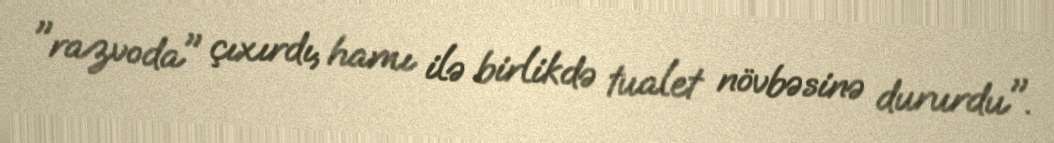
"razvoda" çıxırdı, hamı ilə birlikdə tualet növbəsinə dururdu".